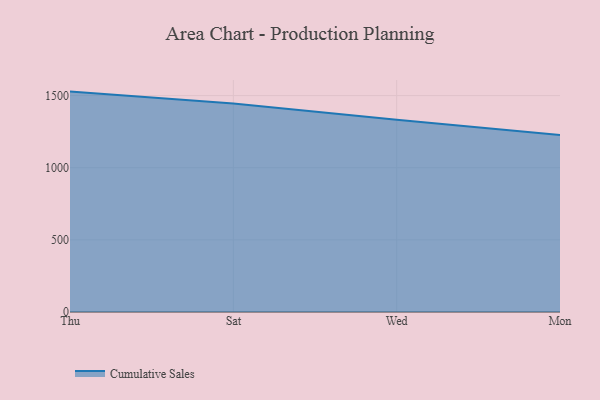
{"axis": {"x": "Day", "y": "Bounce Rate (%)"}, "legend": ["Cumulative Sales"], "data": [{"x": "Thu", "y": 1528.0, "type": "Cumulative Sales"}, {"x": "Sat", "y": 1445.7, "type": "Cumulative Sales"}, {"x": "Wed", "y": 1332.2, "type": "Cumulative Sales"}, {"x": "Mon", "y": 1227.6, "type": "Cumulative Sales"}]}